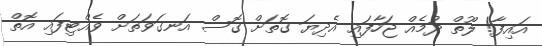
އައިފާ! ލޫތް ދުމެއް ޖަހާފައި އެދިޔަ ގޮތަށް ގޮސް އަނގަވަތަށް ވެއްޓިފައި އޮތް